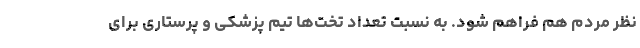
نظر مردم هم فراهم شود. به نسبت تعداد تخت‌ها تیم پزشکی و پرستاری برای